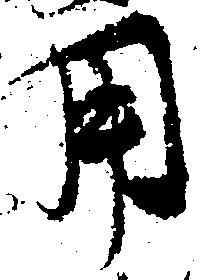
用